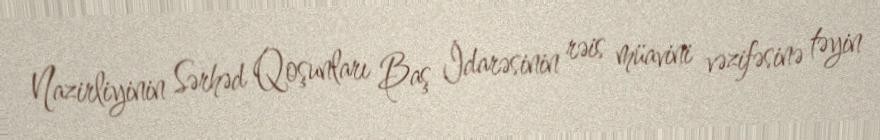
Nazirliyinin Sərhəd Qoşunları Baş İdarəsinin rəis müavini vəzifəsinə təyin